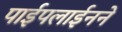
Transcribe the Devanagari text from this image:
पाईपलाईनने